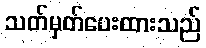
သတ်မှတ်ပေးထားသည်